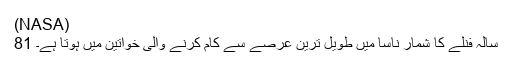
(NASA)
81 سالہ فنلے کا شمار ناسا میں طویل ترین عرصے سے کام کرنے والی خواتین میں ہوتا ہے۔